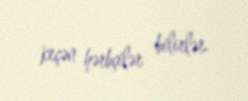
keçən hərbçilər bilirlər.